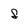
Character: f